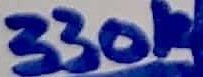
Text: 330K